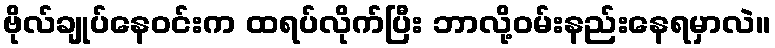
ဗိုလ်ချုပ်နေဝင်းက ထရပ်လိုက်ပြီး ဘာလို့ဝမ်းနည်းနေရမှာလဲ။